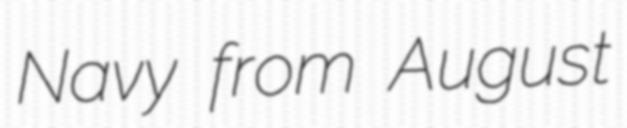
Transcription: Navy from August